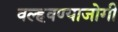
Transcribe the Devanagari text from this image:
वल्हवण्याजोगी